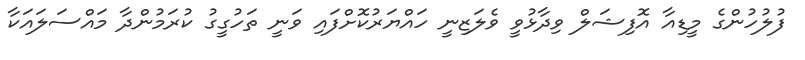
ފުލުހުންގެ މީޑިއާ އޮފިޝަލް ވިދާޅުވީ ވެލަޒިނީ ހައްޔަރުކޮށްފައި ވަނީ ތަހުގީގު ކުރަމުންދާ މައްސަލައަކާ